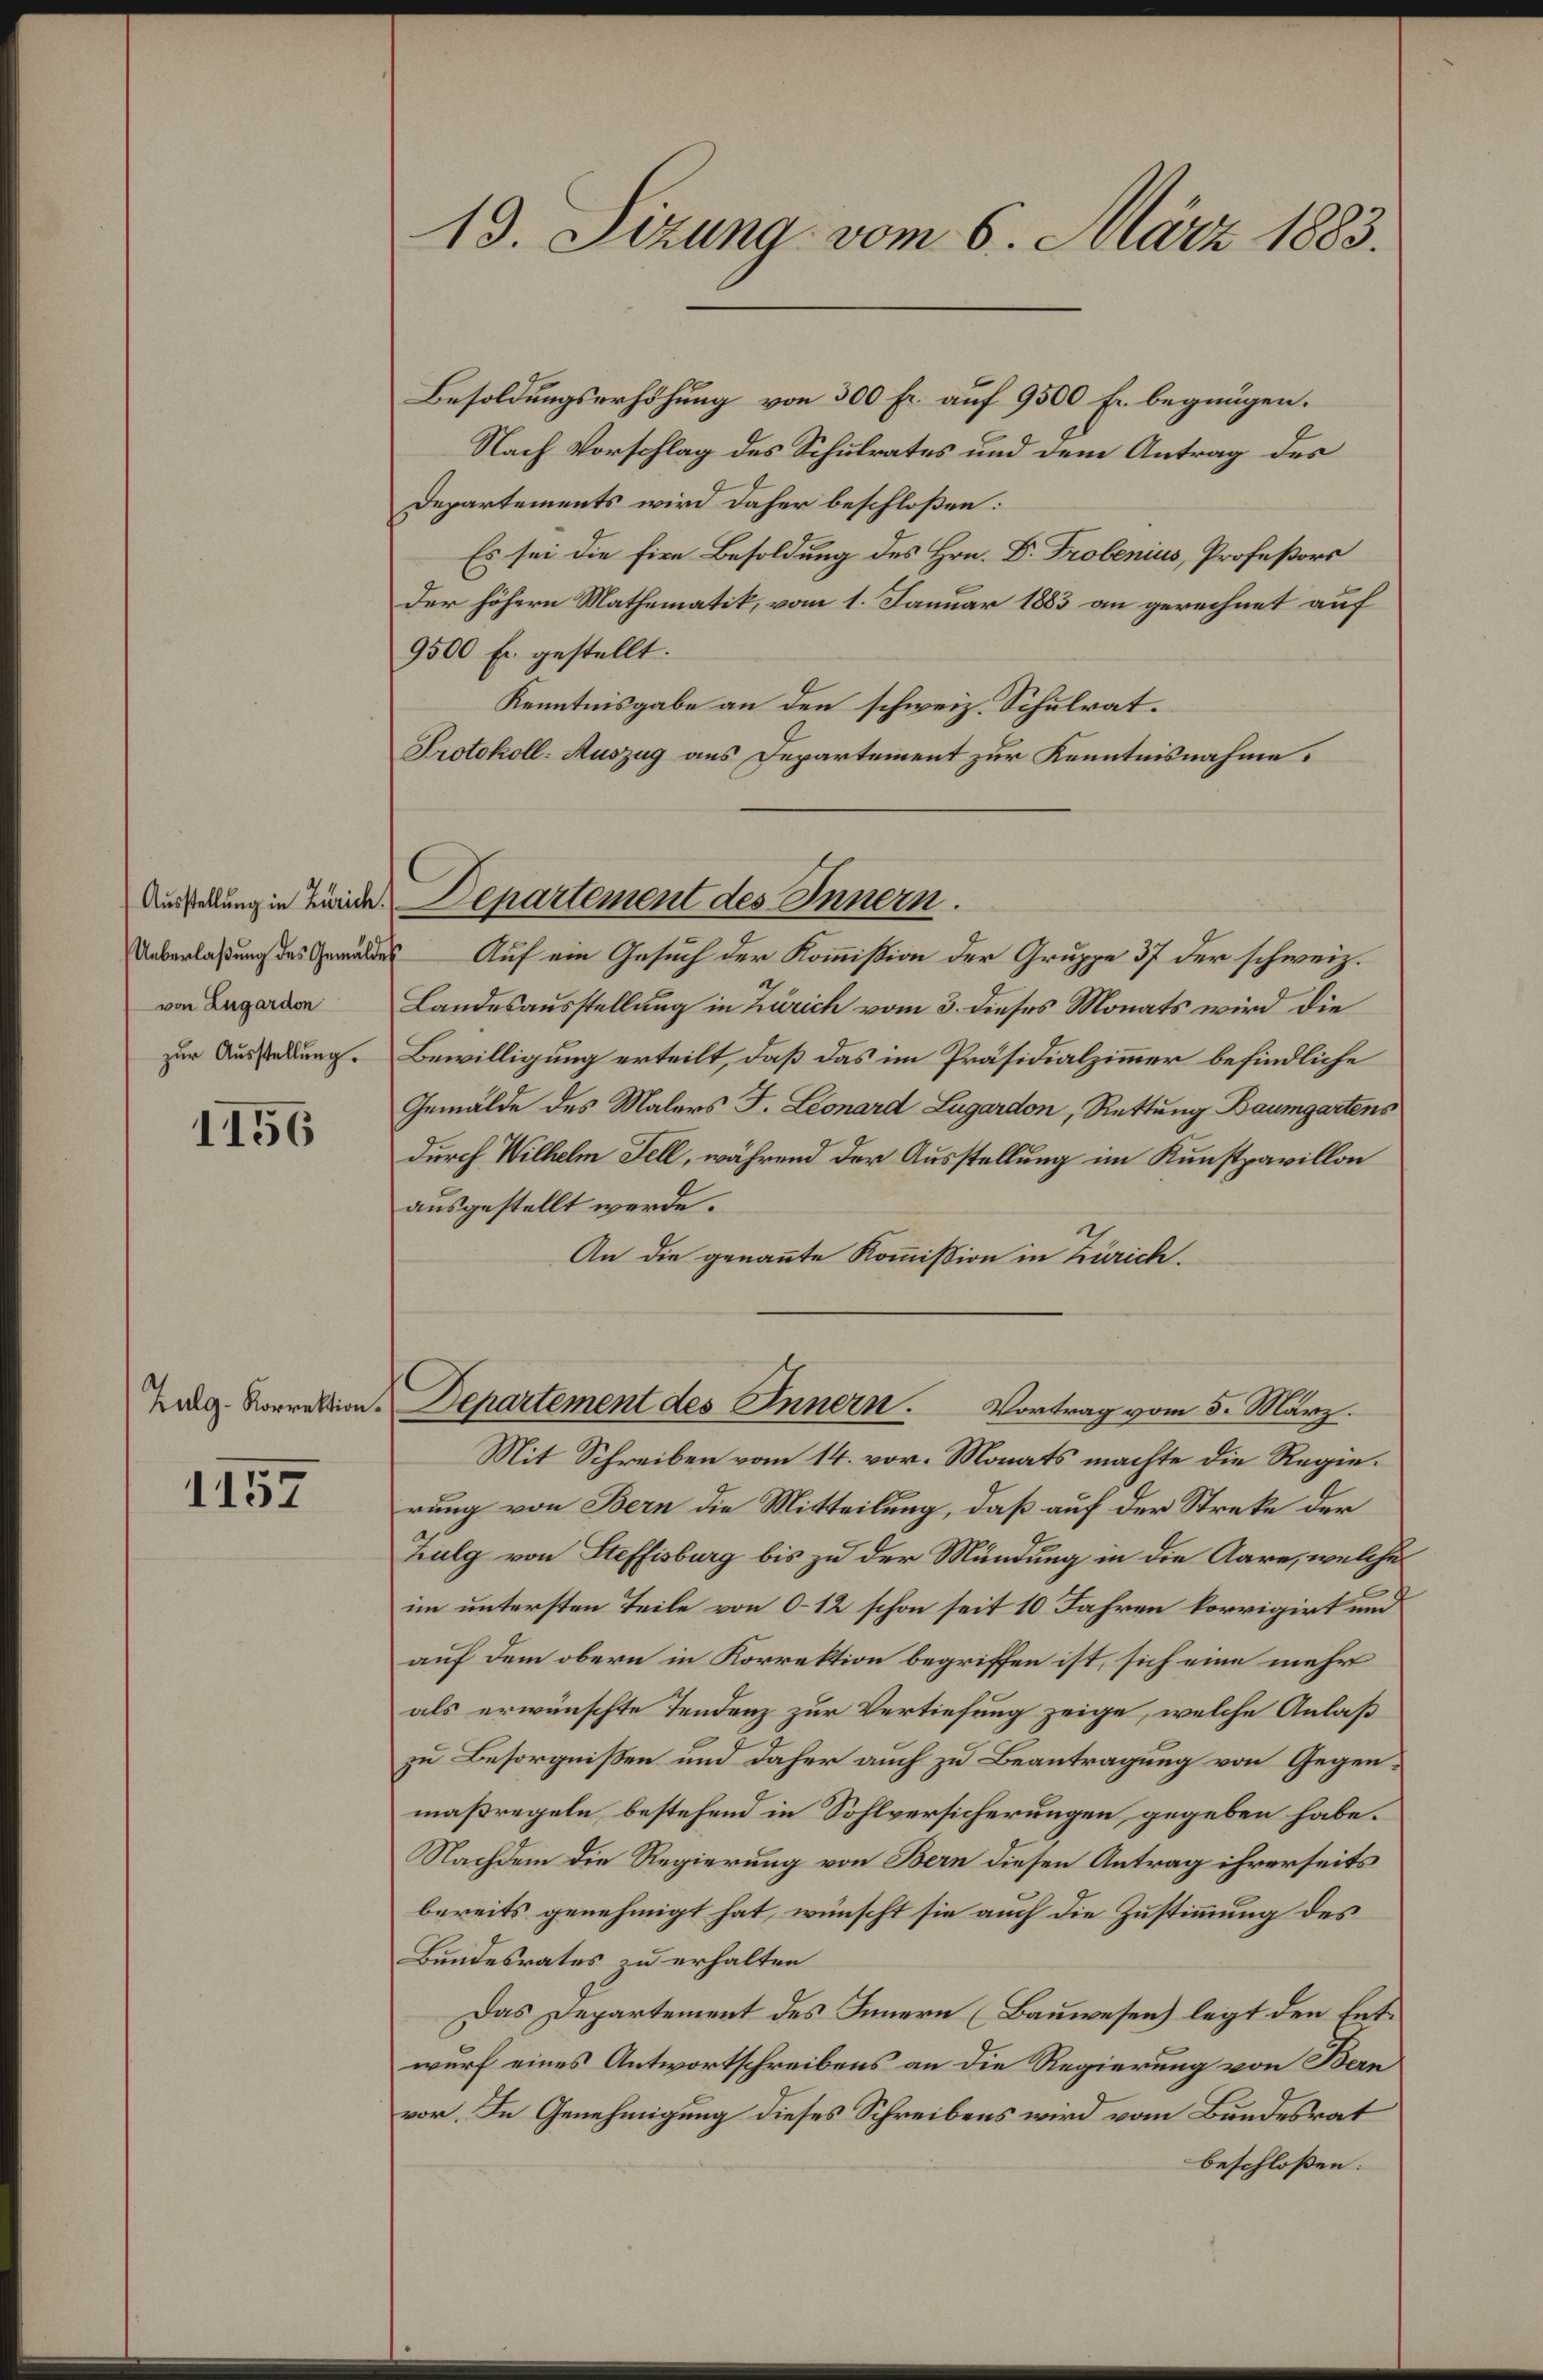
von Lugardon
zur Ausstellung.

1156

1157

13. Sizung vom 6. März 1883.

Besoldungserhöhung von 300 Fr. auf 9500 Fr. begnügen.
Nach Vorschlag des Schulrates und dem Antrag des
Departements wird daher beschloßen:
Es sei die fixe Besoldung des Hrn. D. Probenius, Profeßors
der höhern Mathematik, vom 1. Januar 1883 an gerechnet auf
9500 Fr. gestellt.
Kenntnisgabe an den schweiz. Schulrat.
Protokoll-Auszug aus Departement zur Kenntnisnahme.
Überlaßung des Gewaldes Auf ein Gesuch der Kommißion der Gruppe 37 der schweiz.
Landesausstellung in Zürich vom 3. dieses Monats wird die
Bewilligung erteilt, daß das im Präsidialzimmer befindliche
Gemälde des Malers F. Leonard Lugardon, Rettung Baumgartens
durch Wilhelm Fell, während der Ausstellung im Kunstpavillon
ausgestellt werde.
An die genannte Kommission in Zürich.
Leg. Vorrektion. Departement des Innern. Vortrag vom 5. März.
Mit Schreiben vom 14. vor. Monats machte die Regierung von Bern die Mitteilung, daß auf der Streke der
Zulg von Steffisburg bis zu der Mündung in die Aare, welche
im untersten Teile von 0–12 schon seit 10 Jahren korrigirt und
auf dem obern in Korrektion begriffen ist, sich eine mehr
als erwünschte Tendenz zur Vertiefung zeige, welche Anlaß
zu Besorgnißen und daher auch zu Beantragung von Gegen-
maßregeln, bestehend in Sohlversicherungen gegeben habe.
Nachdem die Regierung von Bern diesen Antrag ihrerseits
bereits genehmigt hat, wünscht sie auch die Zustimmung des
Bundesrates zu erhalten
Das Departement des Innern (Bauwesen legt den Entwurf eines Antwortschreibens an die Regierung von Bern
vor. In Genehmigung dieses Schreibens wird vom Bundesrat
beschloßen:

Ausstellung in Linde Departement des Innern.